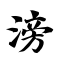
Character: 滂